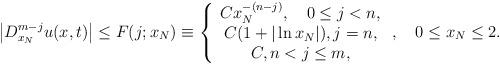
LaTeX: \begin{align*}\left\vert D_{x_{N}}^{m-j}u(x,t)\right\vert \leq F(j;x_{N})\equiv\left\{\begin{array}[c]{c}Cx_{N}^{-(n-j)},\quad0\leq j<n,\\C(1+|\ln x_{N}|),j=n,\\C,n<j\leq m,\end{array}\right. ,\quad0\leq x_{N}\leq2. \end{align*}